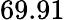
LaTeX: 69.91